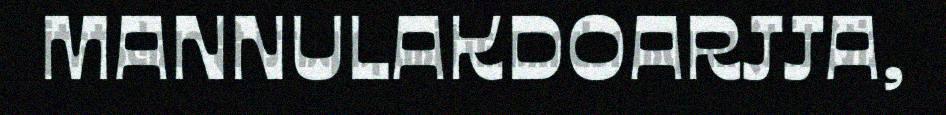
MANNULAKDOARJJA,